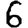
Digit: 6